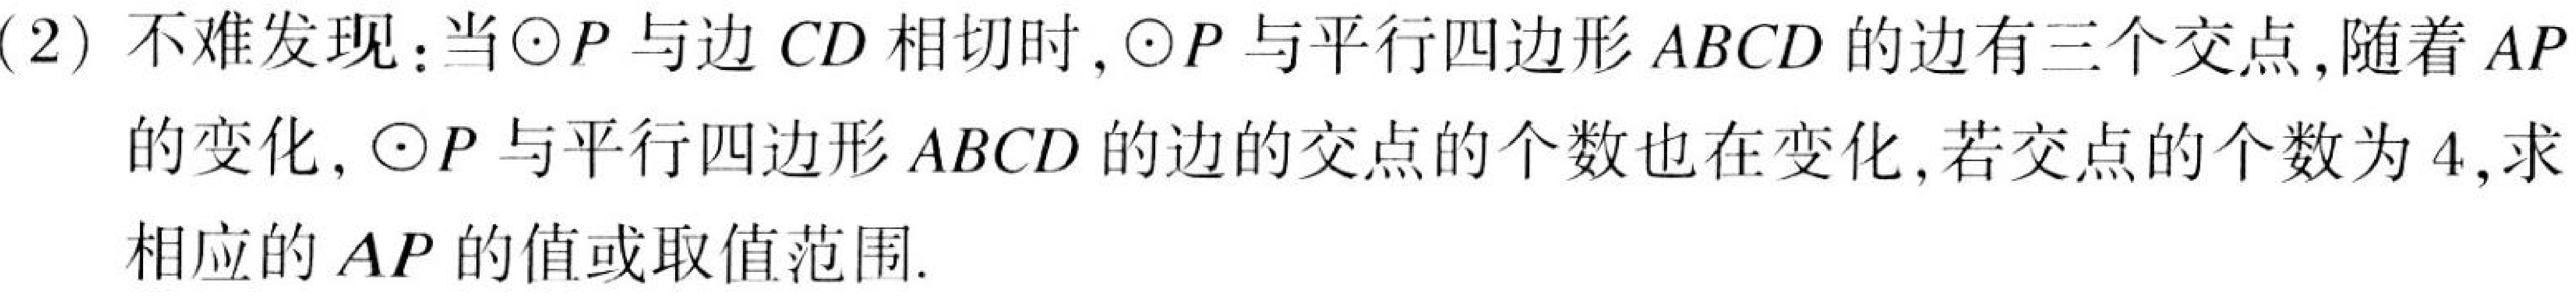
(2) 不难发现：当$\odot P$与边$CD$相切时，$\odot P$与平行四边形$ABCD$的边有三个交点,随着$AP$的变化, $\odot P$与平行四边形$ABCD$的边的交点的个数也在变化,若交点的个数为$4$,求相应的$AP$的值或取值范围.